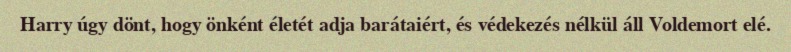
Harry úgy dönt, hogy önként életét adja barátaiért, és védekezés nélkül áll Voldemort elé.